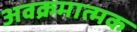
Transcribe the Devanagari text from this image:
अवक्रमात्मक